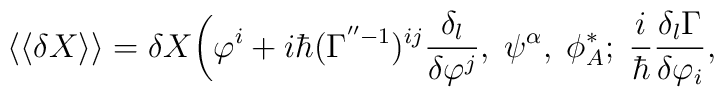
\langle\langle\delta X\rangle\rangle =\delta X\bigg(\varphi^i+ i\hbar(\Gamma^{''-1})^{ij} \frac{\delta_l}{\delta\varphi^j},\;\psi^\alpha,\; \phi^*_A;\;\frac{i}{\hbar}\frac{\delta_l\Gamma}{\delta\varphi_i}, \rule{4cm}{0cm}